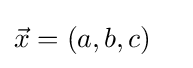
{\vec {x}}=(a,b,c)\quad